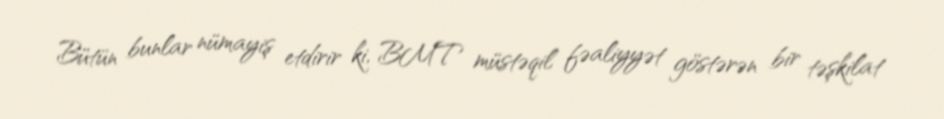
Bütün bunlar nümayiş etdirir ki, BMT müstəqil fəaliyyət göstərən bir təşkilat